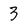
Character: 3